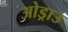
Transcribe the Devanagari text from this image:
ओड्राउ